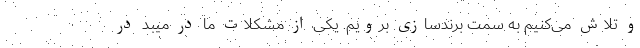
و تلاش می‌کنیم به سمت برندسازی برویم. یکی از مشکلات ما در میبد در